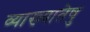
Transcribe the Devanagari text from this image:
व्याख्यातेषु